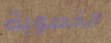
الخصوبة